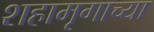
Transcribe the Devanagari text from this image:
शहामृगाच्या